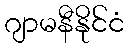
ဂျာမနီနိုင်ငံ